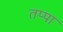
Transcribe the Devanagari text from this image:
तप्पा